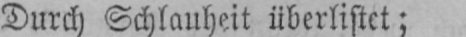
Durch Schlauheit überlistet;